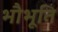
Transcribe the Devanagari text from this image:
भौभूति